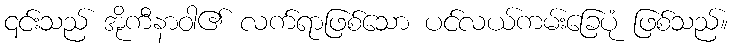
၎င်းသည် အိုကီနာဝါ၏ လက်ရာဖြစ်သော ပင်လယ်ကမ်းခြေပုံ ဖြစ်သည်။